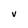
Character: v